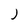
Character: J